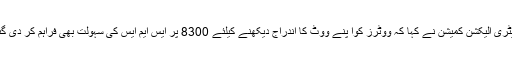
سیکٹریٹری الیکشن کمیشن نے کہا کہ ووٹرز کوا پنے ووٹ کا اندراج دیکھنے کیلئے 8300 پر ایس ایم ایس کی سہولت بھی فراہم کر دی گئی ہے۔